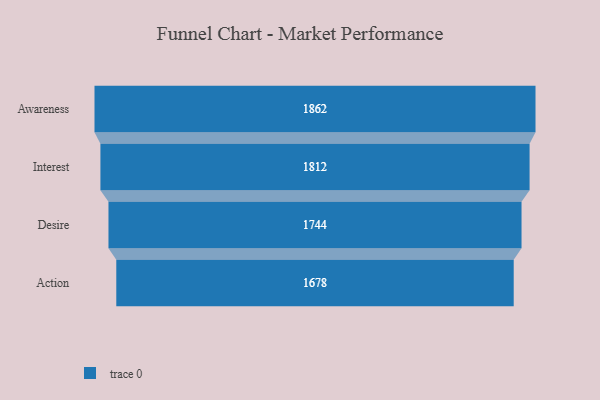
{"axis": {"x": "Stage", "y": "Value"}, "legend": [""], "data": [{"x": "Awareness", "y": 1862.0, "type": ""}, {"x": "Interest", "y": 1812.0, "type": ""}, {"x": "Desire", "y": 1744.0, "type": ""}, {"x": "Action", "y": 1678.0, "type": ""}]}